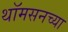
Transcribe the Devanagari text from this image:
थॉमसनच्या